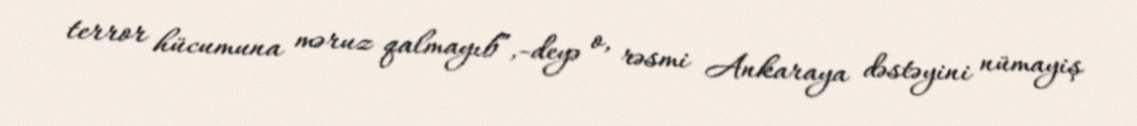
terror hücumuna məruz qalmayıb”,-deyə o, rəsmi Ankaraya dəstəyini nümayiş